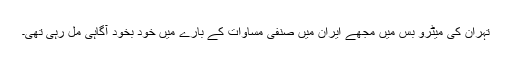
تہران کی میٹرو بس میں مجھے ایران میں صنفی مساوات کے بارے میں خود بخود آگاہی مل رہی تھی۔